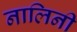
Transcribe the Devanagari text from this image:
नालिनी